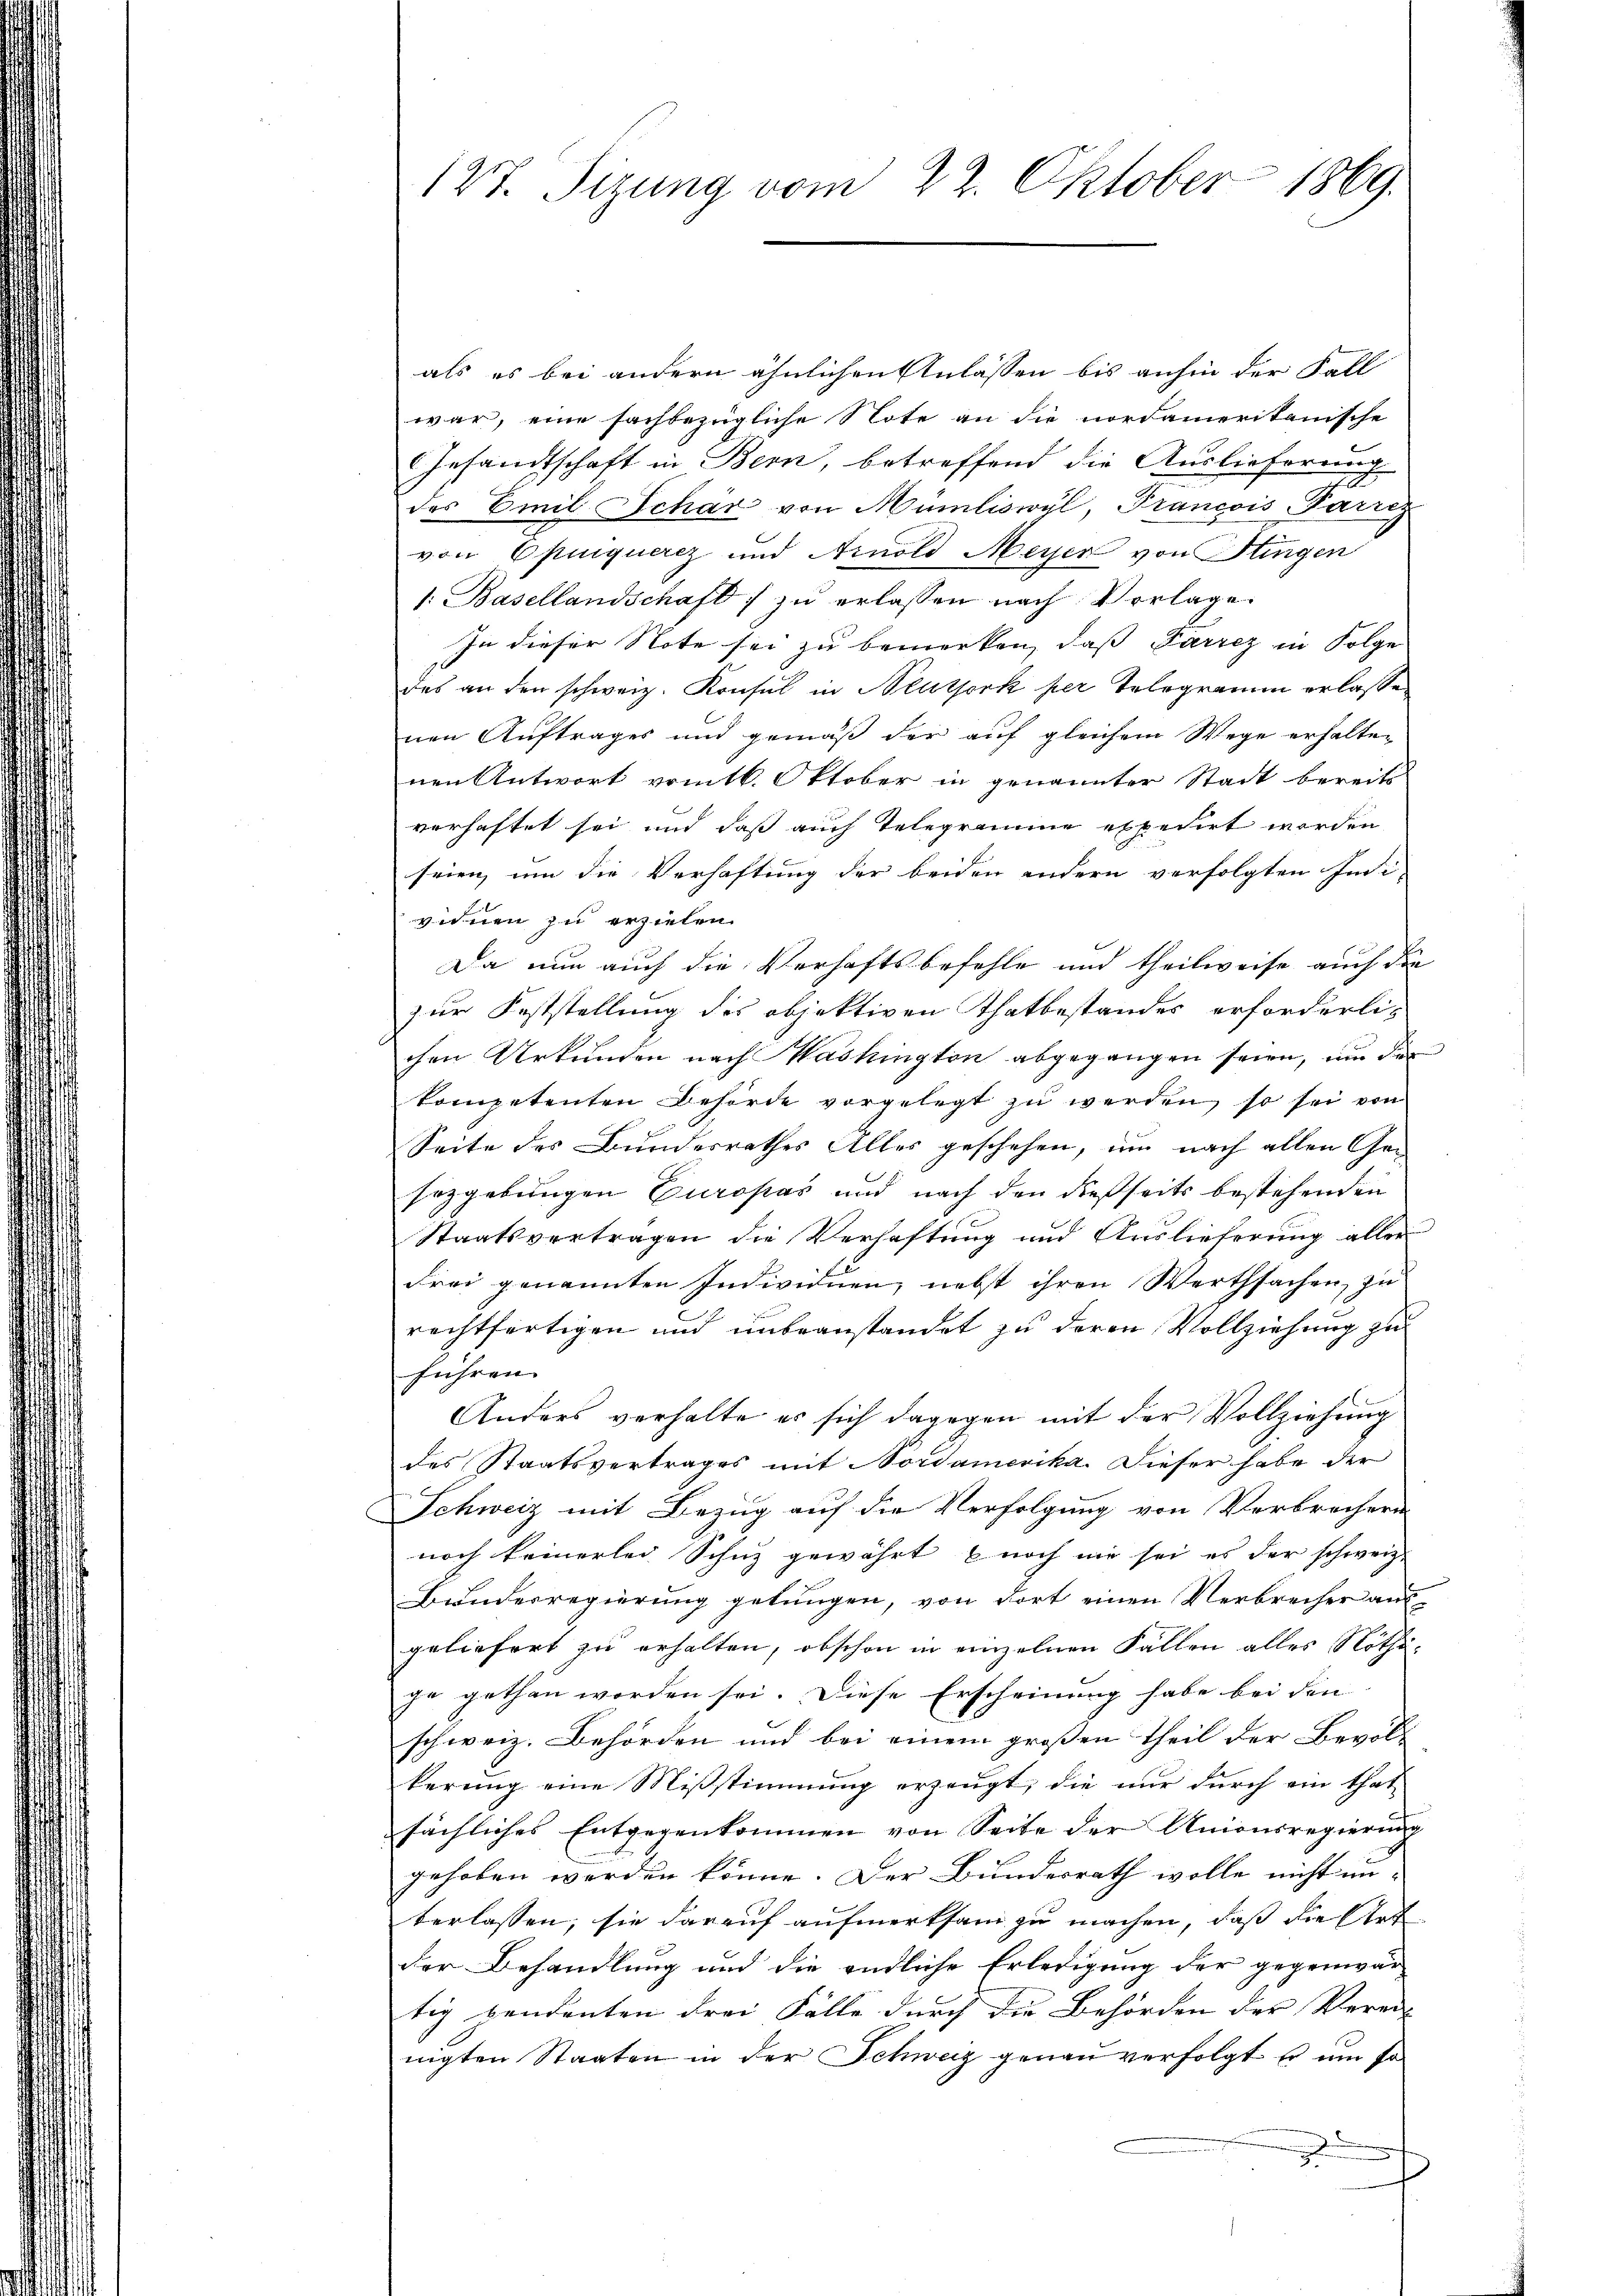
127. Sizung vom 22. Oktober 1869.

als es bei andern ähnlichen Anlassen bis anhin der Fall
war, eine sachbezügliche Note an die nordamerikanische
Gesandtschaft in Bern, betreffend die Auslieferung
des Emil Schär von Mümliswyl, Francois Parrez
von Opiquerez und Arnold Meyer von Flurgen
: Basellandschaft zŭ erlassen nach Vorlage.
In dieser Note sei zu bemerken, daß Parrez in Folge
des an den schweiz. Konsul in Blutserk per Telegramm erlasse
nen Auftrages und gemäß der auf gleichem Wege erhalten
nen Antwort vom 16. Oktober in genannter Stadt bereits
verhaftet sei und daß auch Telegramme expedirt worden
seien, um die Verhaftung der beiden andern verfolgten Indi
vinen zu erziehen.
Da nun auch die Verhaftsbefehle und theilweise auch die
zur Feststellung des objektiven Thatbestandes erforderlic
chen Urkunden nach Maskington abgegangen seien, um die
kompetenten Behörde vorgelegt zu werden, so sei von
Seite des Bundesrathes Alles geschehen, um nach allen Ge¬
Erzgebungen Europas und nach den dießseits bestehenden
Staatsvertragen die Verhaftung und Auslieferung aller
Frei genannten Individuen, nebst ihren Werthsachen, zu
rechtfertigen und unbeanstandet zu deren Vollziehung zu
führen. |
Anders verhalte es sich dagegen mit der Vollziehŭng
des Staatsvertrages mit Nordamerika. Dieser habe der
Schweiz mit Bezug auf die Verfolgung von Verbrechern
noch keinerlei Schuz gewährt noch nie sei es der schweiz.
Bŭndesregierŭng gelungen, von fort einen Verbrecher aŭs-
geliefert zu erhalten, obschon in einzelnen Fallen alles Nöthije gethan worden sei. Diese Erscheinung habe bei den
schweiz. Behörden und bei einem großen Theil der Bevölk
kerung eine Mißstimmung erzeugt, die nur durch ein that-
sächliches Entgegenkommen von Seite der Unionsregierung
gehoben werden könne. Der Bundesrath wolle nicht un-
terlassen; sie darauf aufmerksam zu machen, daß die Art
der Behandlung und die endliche Erledigung der gegenwär
tig vendenten drei Fälle durch die Behörden der Verein
nigten Staaten in der Schweiz genau verfolgt u um so